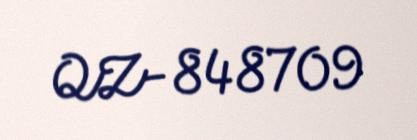
QZ-848709